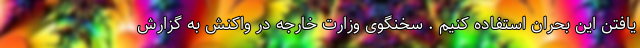
یافتن این بحران استفاده کنیم . سخنگوی وزارت خارجه در واکنش به گزارش